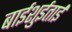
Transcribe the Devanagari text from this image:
बाईशुईताई